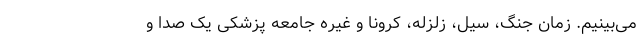
می‌بینیم. زمان جنگ، سیل، زلزله، کرونا و غیره جامعه پزشکی یک صدا و